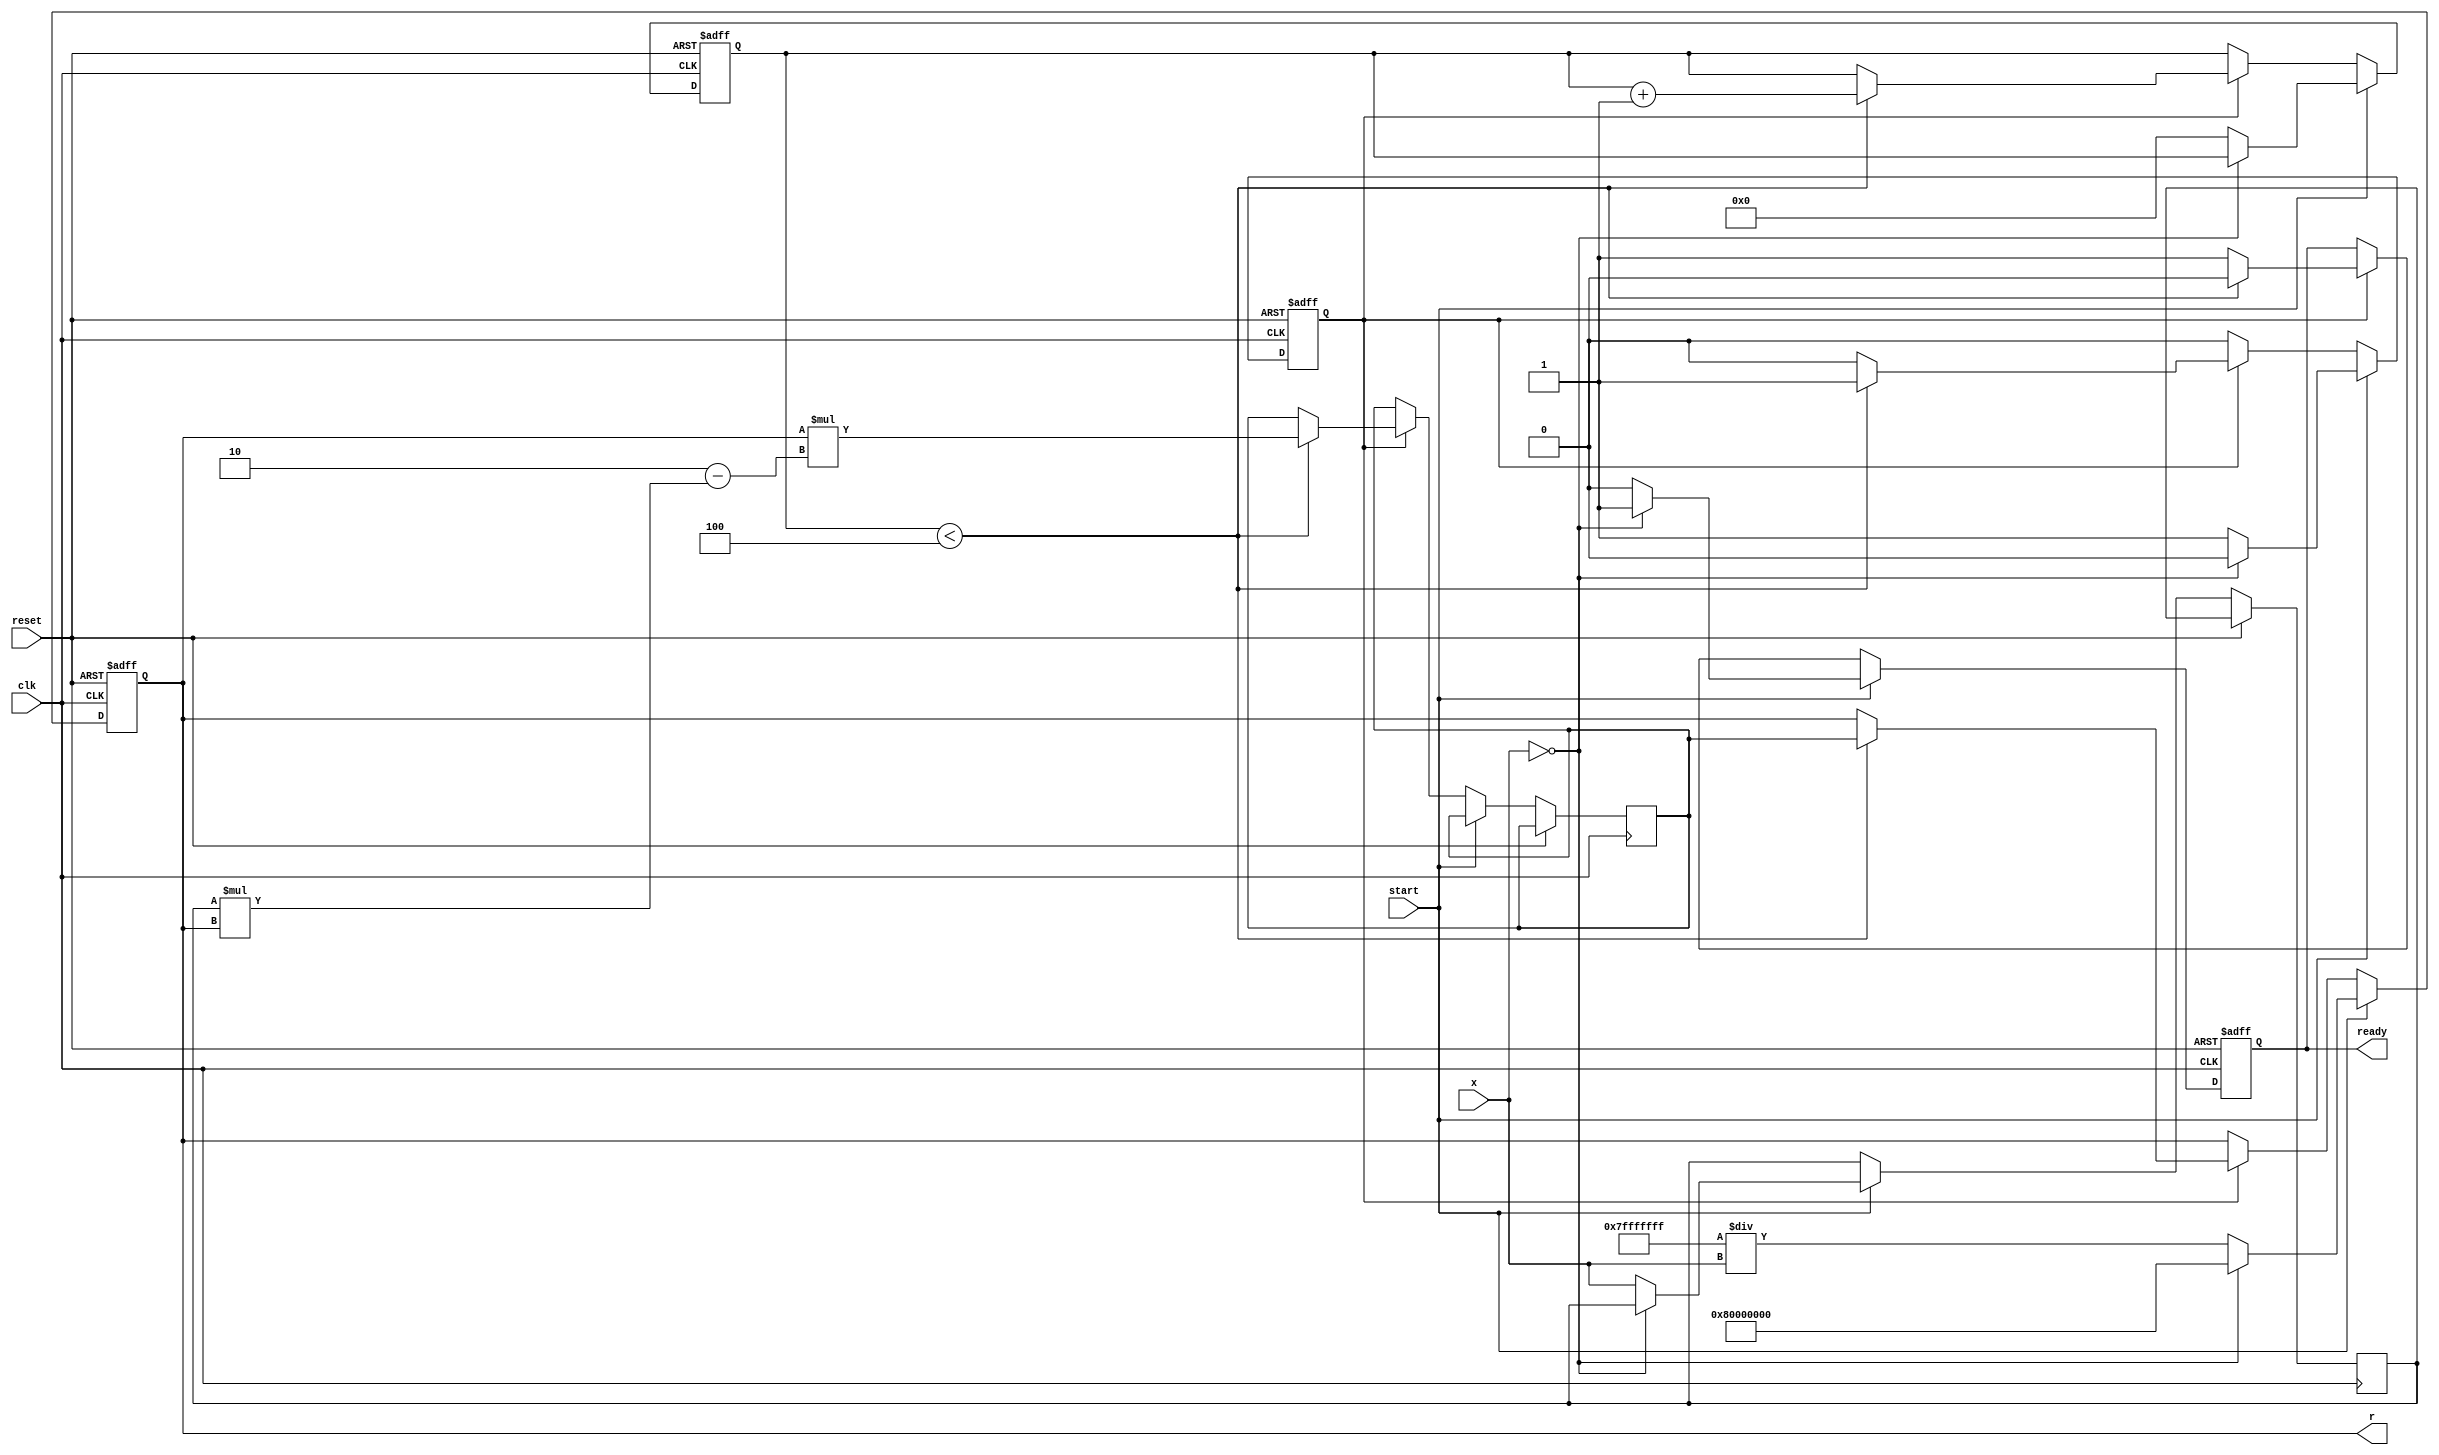
module reciprocal_unit #(
    parameter WIDTH = 32, // Width of the input/output
    parameter ITERATIONS = 4 // Number of Newton-Raphson iterations
)(
    input wire clk,
    input wire reset,
    input wire start,
    input wire [WIDTH-1:0] x,
    output reg [WIDTH-1:0] r,
    output reg ready
);

    reg [WIDTH-1:0] r_next; // Next value of r
    reg [3:0] iteration_count; // Counter for iterations
    reg valid_input; // Flag for valid input
    reg [WIDTH-1:0] x_reg; // Register for input x

    // State machine for controlling the computation
    always @(posedge clk or posedge reset) begin
        if (reset) begin
            r <= 0;
            ready <= 0;
            iteration_count <= 0;
            valid_input <= 0;
        end else begin
            if (start) begin
                // Check for division by zero
                if (x == 0) begin
                    r <= {1'b1, {WIDTH-1{1'b0}}}; // Return infinity (or some error value)
                    ready <= 1;
                    valid_input <= 0;
                end else begin
                    // Store the input and initialize the reciprocal calculation
                    x_reg <= x;
                    r <= {1'b0, {WIDTH-1{1'b1}}} / x; // Initial guess: 1/x
                    iteration_count <= 0;
                    valid_input <= 1;
                    ready <= 0;
                end
            end else if (valid_input) begin
                // Perform Newton-Raphson iterations
                if (iteration_count < ITERATIONS) begin
                    r_next <= r * (2 - x_reg * r); // Newton-Raphson formula
                    r <= r_next;
                    iteration_count <= iteration_count + 1;
                    ready <= 0;
                end else begin
                    // Finished iterations
                    ready <= 1;
                    valid_input <= 0; // Reset valid input flag
                end
            end
        end
    end

endmodule